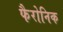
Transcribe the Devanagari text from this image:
फैरोनिक